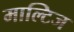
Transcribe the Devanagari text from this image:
माल्टिज